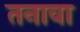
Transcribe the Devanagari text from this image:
तनावा